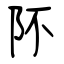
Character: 阫